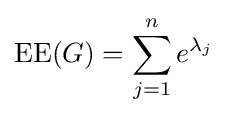
\operatorname {EE} (G)=\sum _{j=1}^{n}e^{\lambda _{j}}